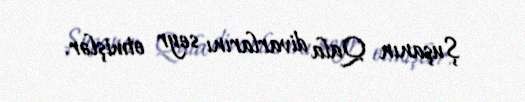
Şuşanın Qala divarlarını seyr etmişlər.